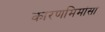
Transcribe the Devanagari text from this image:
कारणमिमांसा